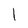
Character: l